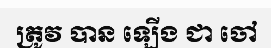
ត្រូវ បាន ឡើង ជា ចៅ